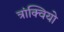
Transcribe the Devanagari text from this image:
त्रांक्वियो